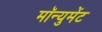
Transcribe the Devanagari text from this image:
मॉन्युमेंट